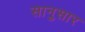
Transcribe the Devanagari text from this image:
सानुसार